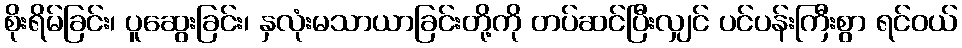
စိုးရိမ်ခြင်း၊ ပူဆွေးခြင်း၊ နှလုံးမသာယာခြင်းတို့ကို တပ်ဆင်ပြီးလျှင် ပင်ပန်းကြီးစွာ ရင်ဝယ်